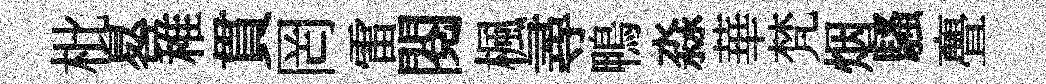
枇晷稚貫罔雷閲楓尋鴨淼華梵烟騷亹